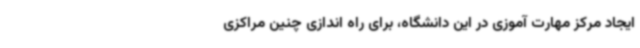
ایجاد مرکز مهارت آموزی در این دانشگاه، برای راه اندازی چنین مراکزی